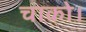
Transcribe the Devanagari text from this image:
चाको।